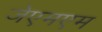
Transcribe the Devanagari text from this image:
जेएमएम